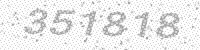
Solution: 351818